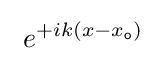
\ e^{+ik(x-x_{\mathsf {o}})}~